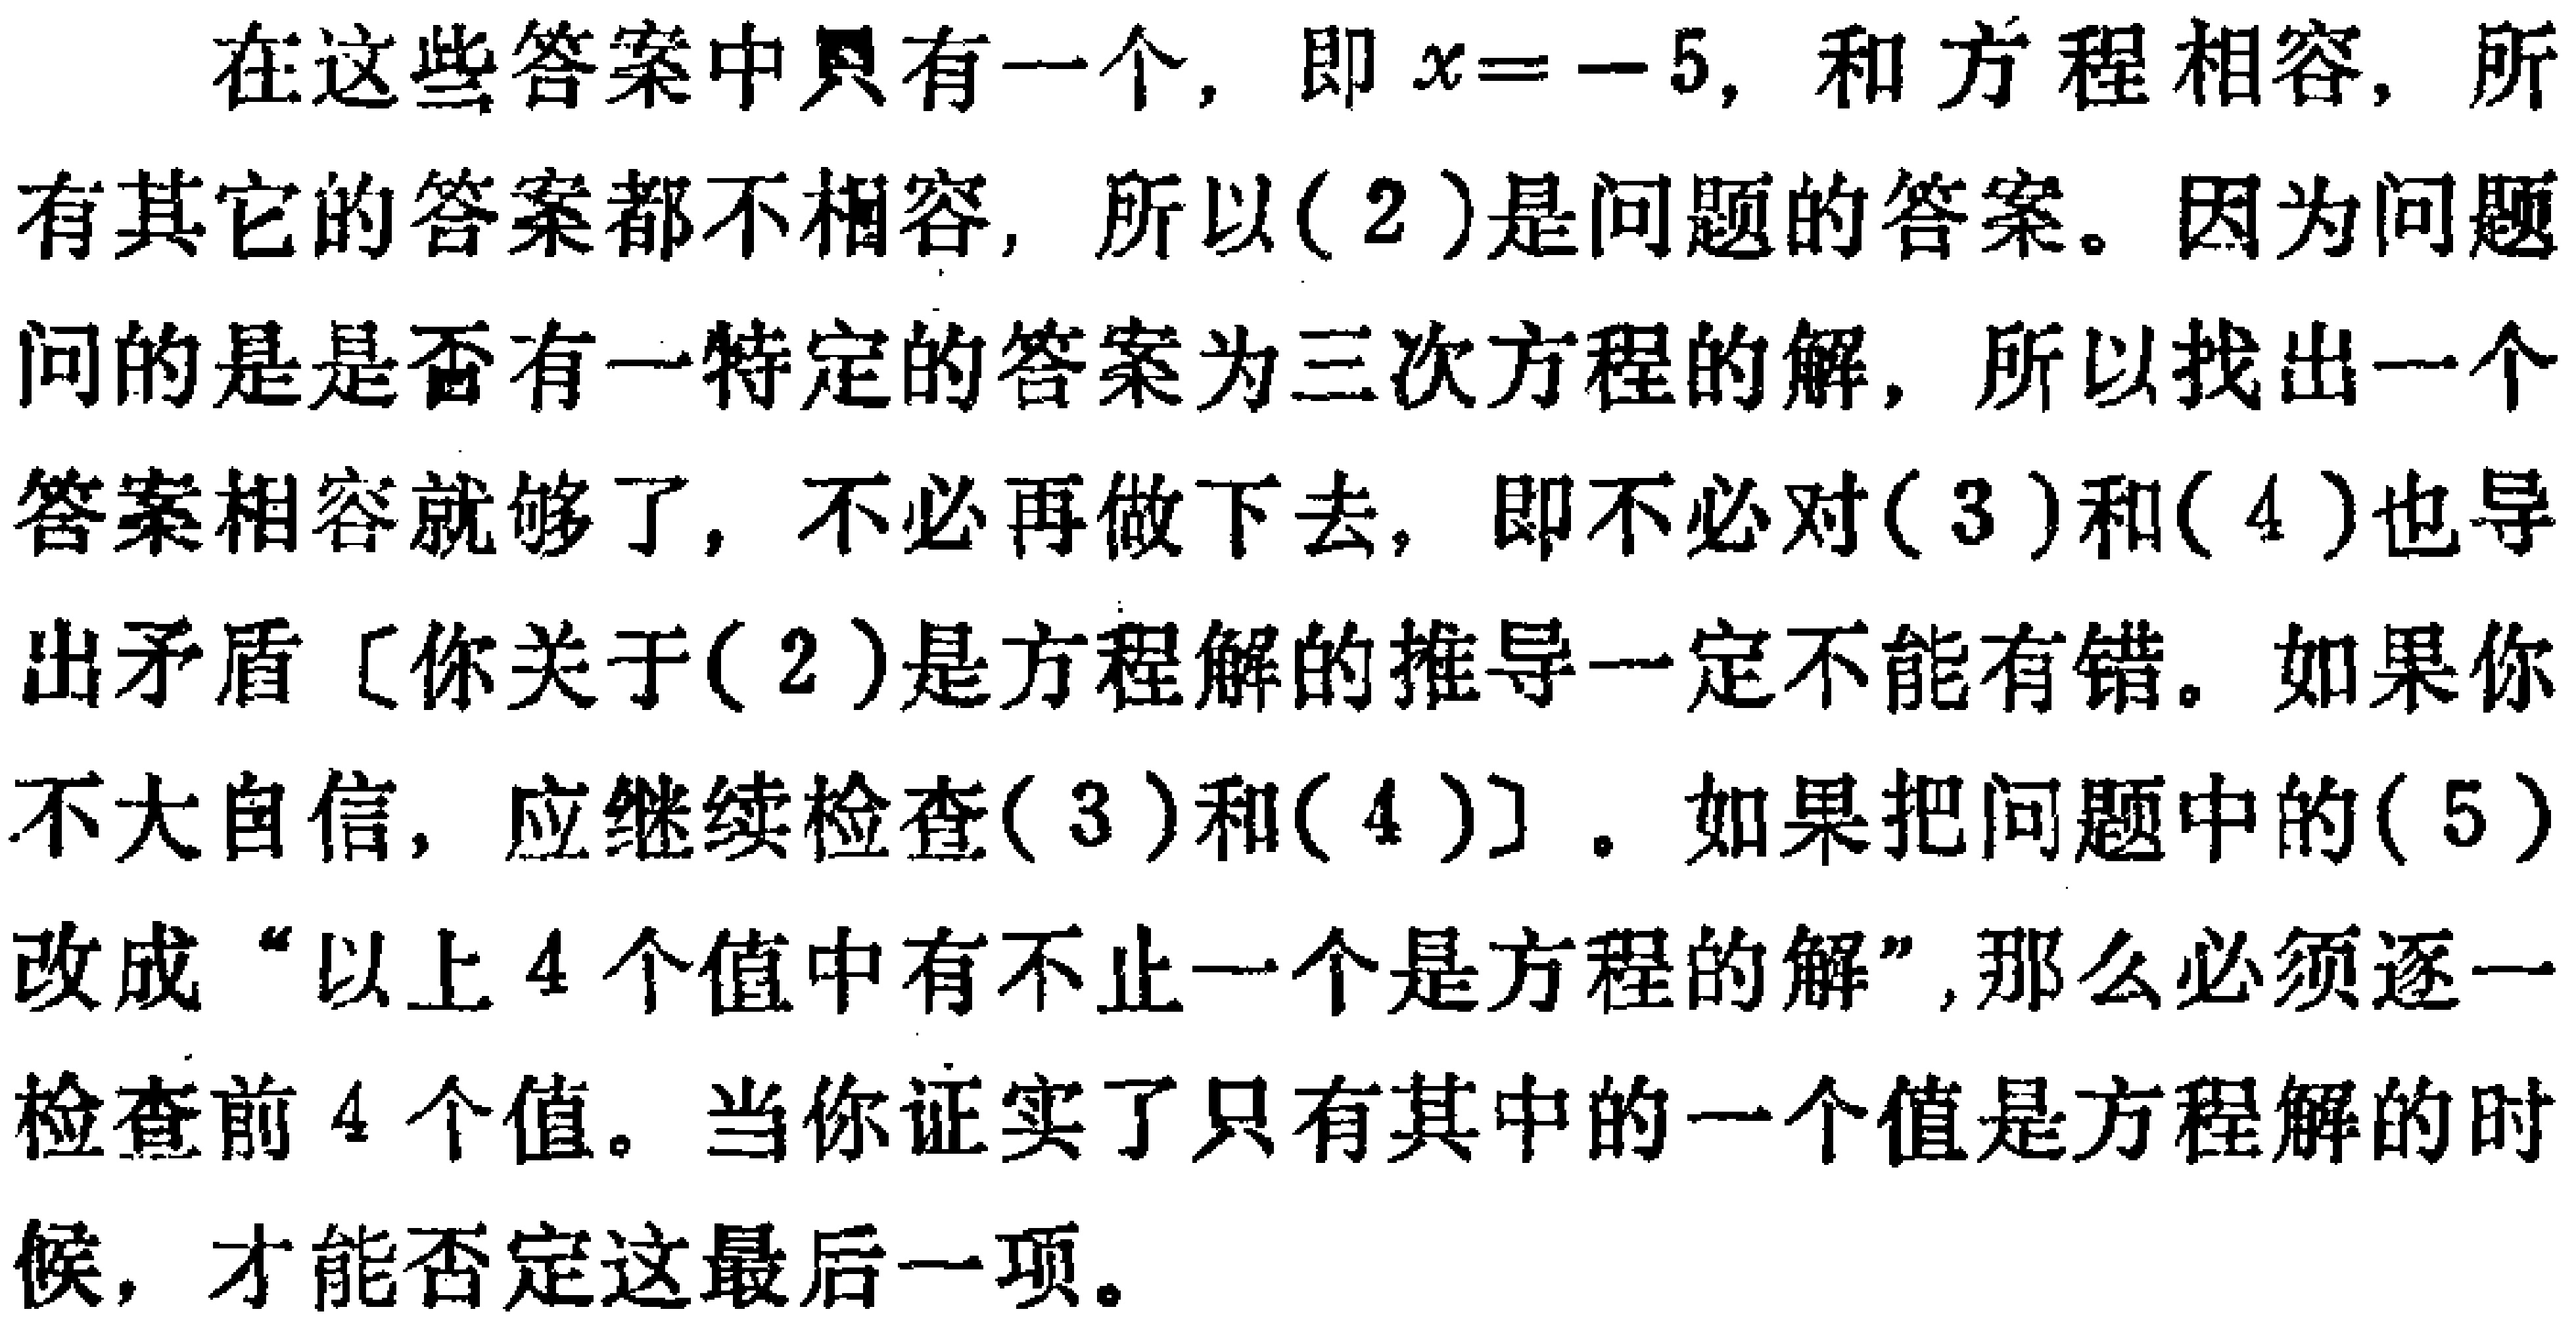
在这些答案中只有一个，即 \(x = - 5\)，和方程相容，所有其它的答案都不相容，所以\((2)\)是问题的答案。因为问题问的是是否有一特定的答案为三次方程的解，所以找出一个答案相容就够了，不必再做下去，即不必对\((3)\)和\((4)\)也导出矛盾〔你关于\((2)\)是方程解的推导一定不能有错。如果你不大自信，应继续检查\((3)\)和\((4)\)〕。如果把问题中的\((5)\)改成“以上\(4\)个值中有不止一个是方程的解”,那么必须逐一检查前\(4\)个值。当你证实了只有其中的一个值是方程解的时候，才能否定这最后一项。